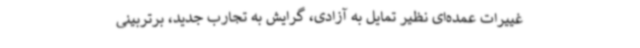
غییرات عمده‌ای نظیر تمایل به آزادی، گرایش به تجارب جدید، برتربینی